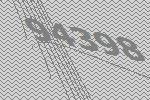
94398